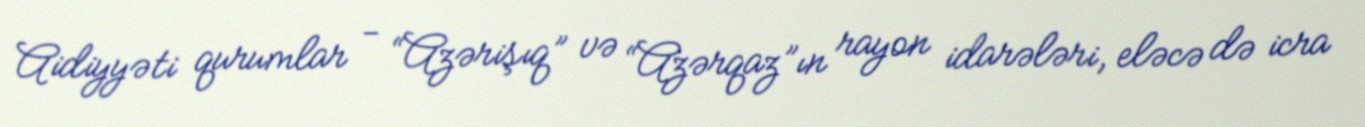
Aidiyyəti qurumlar - “Azərişıq” və “Azərqaz”ın rayon idarələri, eləcə də icra